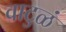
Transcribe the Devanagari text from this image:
वाटुळं